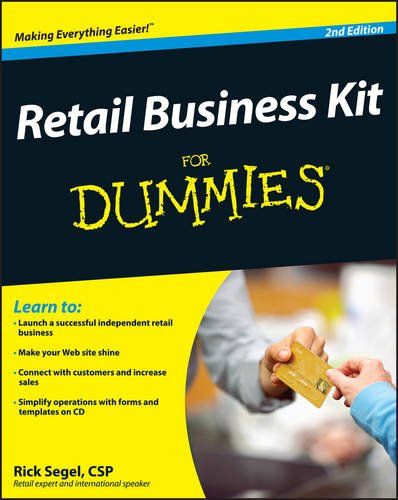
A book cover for Retail Business Kit For Dummies; Rick Segel; Business & Money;